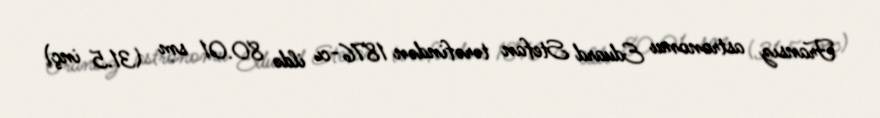
Fransız astronomu Eduard Stefan tərəfindən 1876-cı ildə 80.01 sm (31.5 inç)